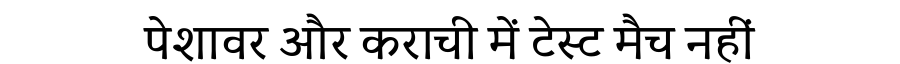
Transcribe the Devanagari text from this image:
पेशावर और कराची में टेस्ट मैच नहीं